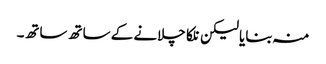
منہ بنایا لیکن نلکا چلانے کے ساتھ ساتھ۔